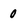
Character: 0